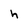
Character: h